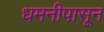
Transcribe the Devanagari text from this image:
धमनीपासून